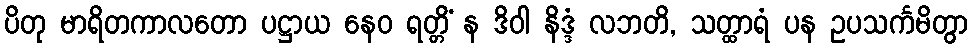
ပိတု မာရိတကာလတော ပဋ္ဌာယ နေဝ ရတ္တိံ န ဒိဝါ နိဒ္ဒံ လဘတိ, သတ္ထာရံ ပန ဥပသင်္ကမိတွာ